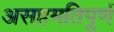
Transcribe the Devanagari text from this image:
असहमतिपूर्ण